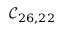
\mathcal { C } _ { 2 6 , 2 2 }